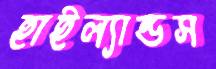
হাইল্যান্ডস